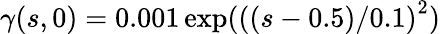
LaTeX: \gamma(s,0)=0.001\, \mathrm{exp}(\left((s-0.5)/{0.1}\right)^{2})